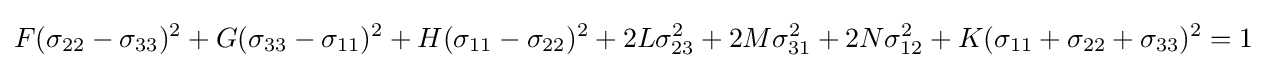
F(\sigma _{22}-\sigma _{33})^{2}+G(\sigma _{33}-\sigma _{11})^{2}+H(\sigma _{11}-\sigma _{22})^{2}+2L\sigma _{23}^{2}+2M\sigma _{31}^{2}+2N\sigma _{12}^{2}+K(\sigma _{11}+\sigma _{22}+\sigma _{33})^{2}=1~